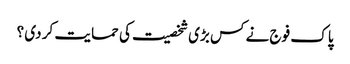
پا ک فوج نے کس بڑی شخصیت کی حما یت کر دی ؟